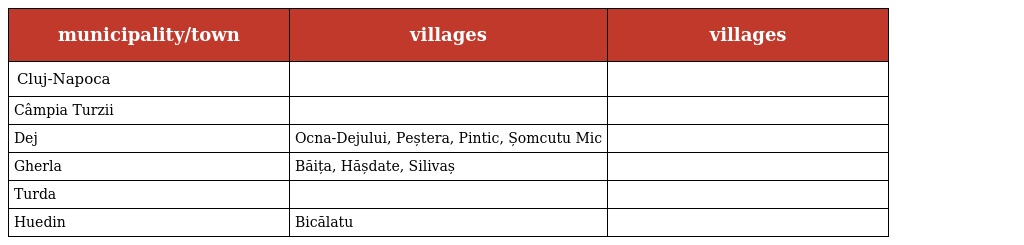
| municipality/town | villages | villages |
 | --- | --- | --- |
 | Cluj-Napoca |  |  |
 | Câmpia Turzii |  |  |
 | Dej | Ocna-Dejului, Peștera, Pintic, Șomcutu Mic |  |
 | Gherla | Băița, Hășdate, Silivaș |  |
 | Turda |  |  |
 | Huedin | Bicălatu |  |